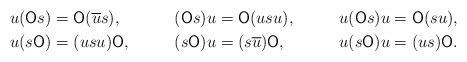
LaTeX: \begin{align*} u(\mathsf{O}s) &= \mathsf{O}(\overline{u}s), & (\mathsf{O}s) u &= \mathsf{O}(us u), & u(\mathsf{O}s)u &= \mathsf{O}(s u), \\ u(s\mathsf{O}) &= (us u)\mathsf{O}, & (s\mathsf{O}) u &= (s \overline{u})\mathsf{O}, & u(s\mathsf{O})u &= (us)\mathsf{O}. \end{align*}